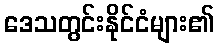
ဒေသတွင်းနိုင်ငံများ၏